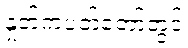
နှုတ်ကပတ်တော်တွင်